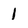
Character: 1